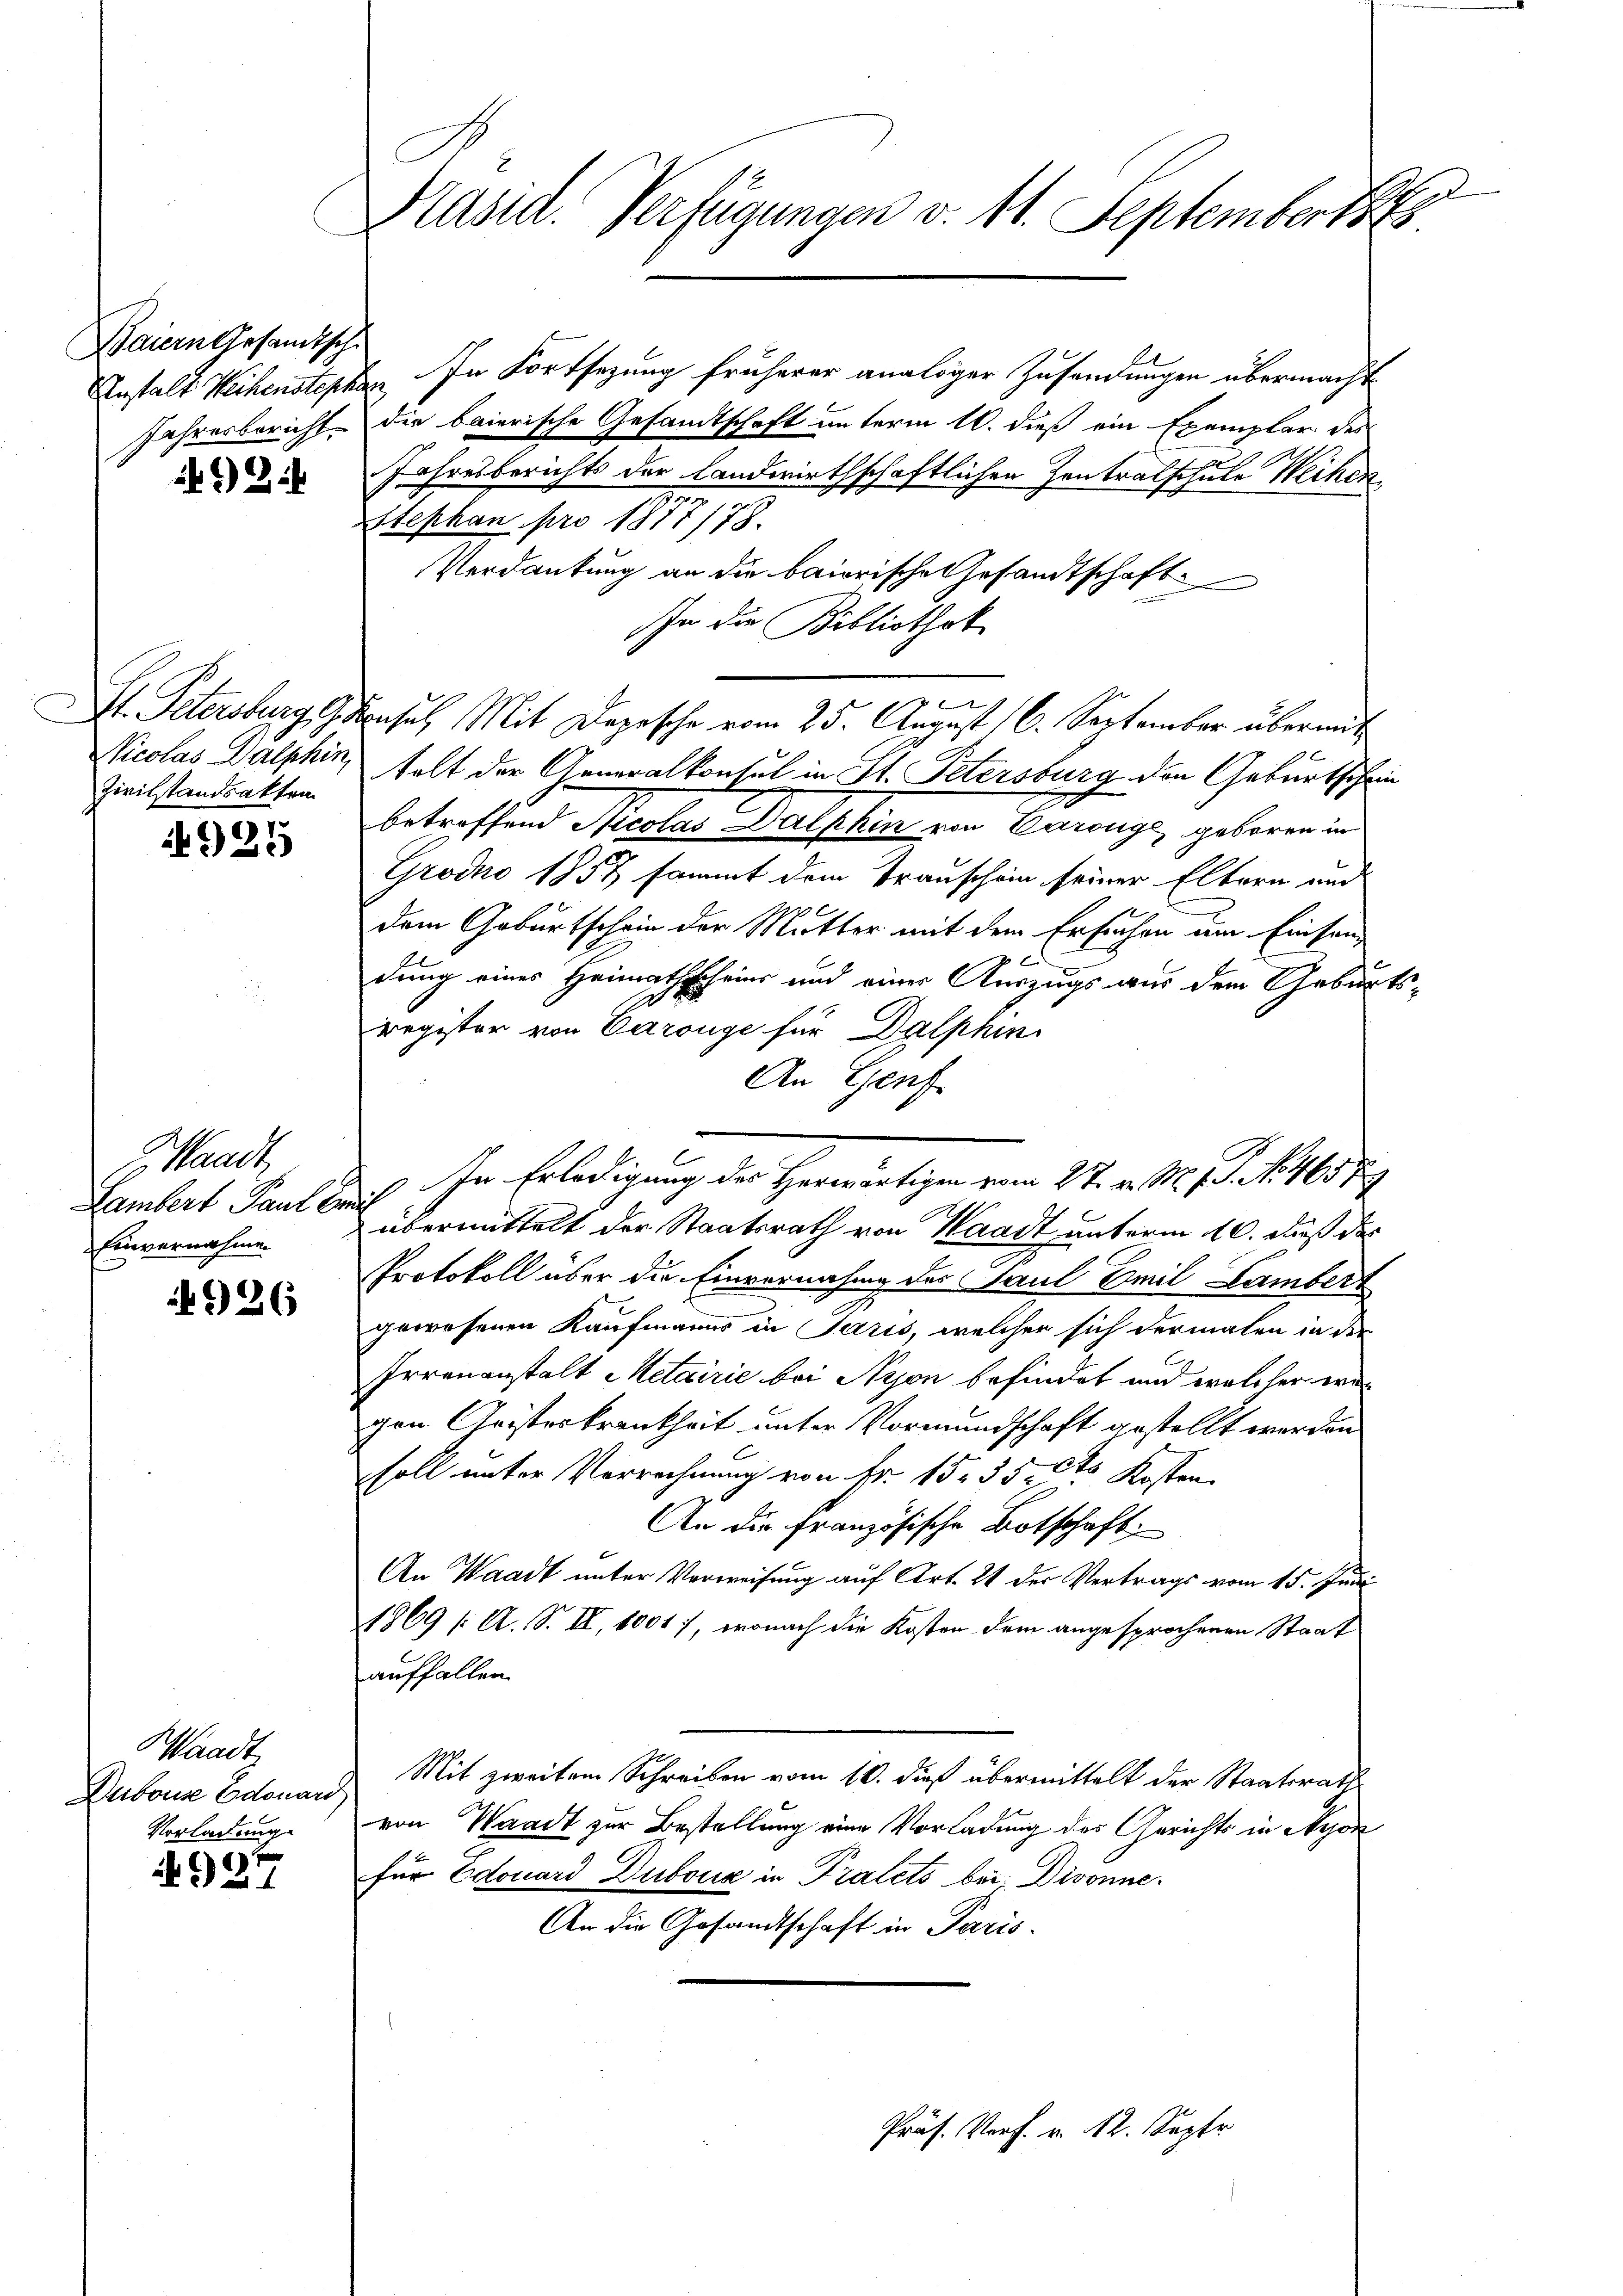
Baiern Gesamtsche
Jahresbericht.

I. Petersburg d
Nicolas Dalphin
Zivilstandsakten

925

GHaadt,
Lambert Paul der
Einvernahmen

926

Waadt
Dubonae Edouard,
Vorladung.

4927

2
Kasid. Verfügungen v. 11. Septembertr

Anstalt Weihensterken. In Fortsezung früherer analoger Zusendungen übermacht
die baierische Gesandtschaft unterm 10. dieß ein Exemplar des
Jahresberichts der Landwirthschaftlichen Zentralschule Weihen
1817.
Stephan pro 1811/78.
Verdankung an die baierische Gesandtschaft
In die Bibliothek
onsul Mit Depesche vom 25. August 16. September übermit
tolt der Generalkonsul in St. Petersburg den Geburtschein
betroffend Nicolas Dalphin von Carouge geboren in
Grodno 1857 sammt dem Transchein seiner Eltern und
dem Geburtschein der Mutter mit dem Ersuchen um Einsendung eines Heimathscheins und einer Auszugs aus dem Geburts
register von Carouge für Dalphin
An Genf
übermittelt der Staatsrath von Waadt unterm 10. daß des
Protokoll über die Einvernahme des Paul Smil Lambert
gewesenen Kaufmanns in Paris, welcher sich dermalen in den
Irrenanstalt Metairie bei Nyon befindet und welcher wegen Geisterkrankheit unter Vormundschaft gestellt werden
soll unter Verrechnung von Fr. 15. 35. 3te Kosten
An die Französische Botschaft,
An Waadt unter Verweisung auf Art. 24 der Vertrags vom 15. Juni
1869 [A. S. II, 10017, wonach die Kosten dem angesprochenen Staat
auffallen.
Mit zweitem Schreiben vom 10. dieß übermittelt der Staatsrath
von Waadt zur Bestellung eine Vorladung des Gerichts in Nyon
für Edouard Dubois in Tratets bei. Divonne¬
An die Gesandtschaft in Paris.

.

In Erledigung des Herwärtigen vom 24. v. M. D. S. 107

Präs. Verf. v. 12. Septe